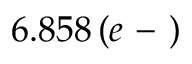
6 . 8 5 8 \, ( e \mathrm { ~ - ~ } )